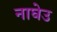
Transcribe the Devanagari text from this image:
नाघेउ